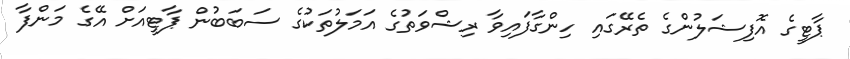
ޕާޓީގެ އޮފިޝަލުންގެ ތެރޭގައި ހިންގާފައިވާ ރިޝްވަތުގެ އަމަލުތަކުގެ ސަބަބުން ޕާޓީއަށް އޭގެ މަންފާ